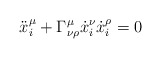
\begin{align*}\ddot{x}_i^\mu + \Gamma^\mu_{\nu \rho}\dot{x}_i^\nu \dot{x}_i^\rho = 0\end{align*}